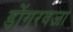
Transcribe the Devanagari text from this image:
डोंगरवजा